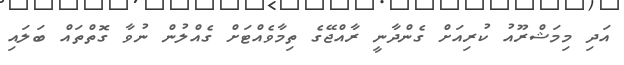
އަދި މިމަޝްރޫއު ކުރިއަށް ގެންދާނީ ރާއްޖޭގެ ތިމާވެއްޓަށް ގެއްލުން ނުވާ ގޮތްތައް ބަލައި